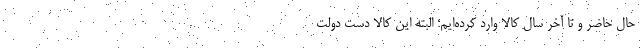
حال حاضر و تا آخر سال کالا وارد کرده‌ایم؛ البته این کالا دست دولت